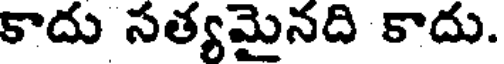
కాదు సత్యమైనది కాదు.